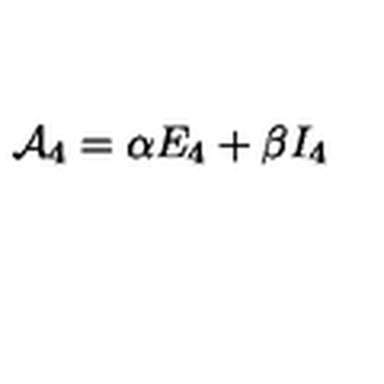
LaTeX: { \cal A } _ { 4 } = \alpha E _ { 4 } + \beta I _ { 4 }